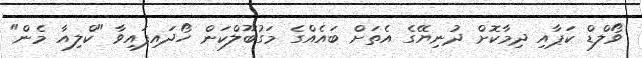
ވޯލްޑް ކަޕާއި ދިމާކޮށް ދުނިޔޭގެ އެތަށް ބައެއްގެ މަގުބޫލްކަން ހޯދައިފައިވާ "ކްލިއާ މެން"